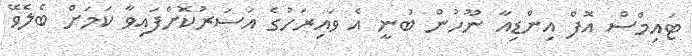
ޓައިމްސް އޮފް އިންޑިއާ ނޫހުން ބުނީ އެ ވައިރަހުގެ އަސަރުކޮށްފައިވާ ކަމަށް ބެލެވޭ